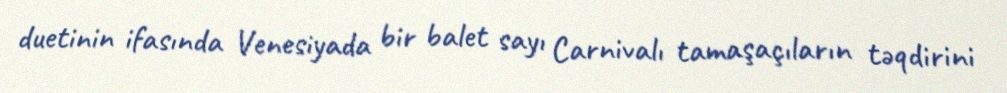
duetinin ifasında Venesiyada bir balet sayı Carnivalı tamaşaçıların təqdirini